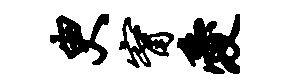
臾甯爱